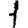
Digit: 1